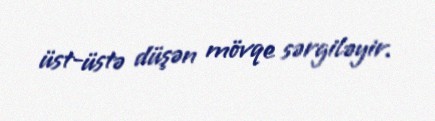
üst-üstə düşən mövqe sərgiləyir.